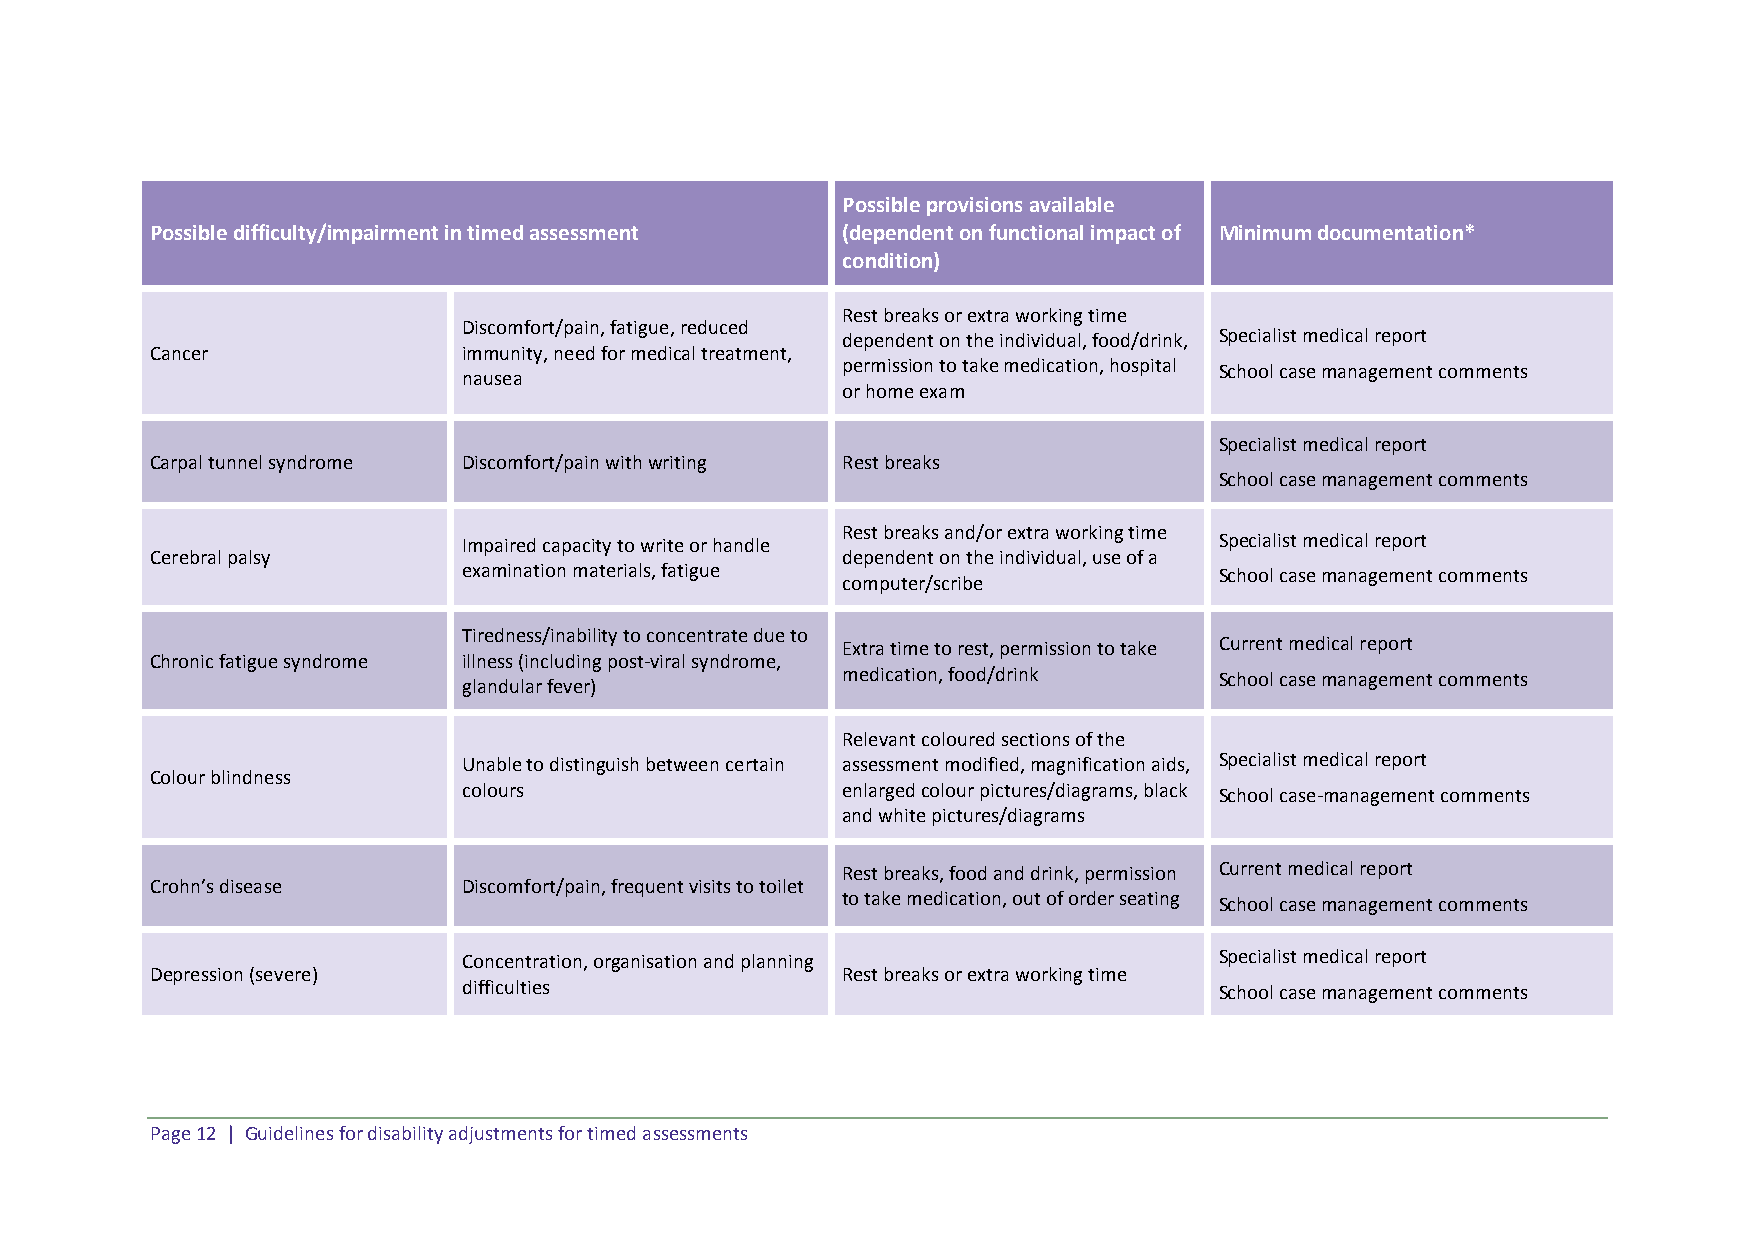
Possible provisions available
 Possible difficulty/impairment in timed assessment (dependent on functional impact of Minimum documentation*
 condition)
 Rest breaks or extra working time
 Discomfort/pain, fatigue, reduced
 dependent on the individual, food/drink, Specialist medical report
 Cancer               immunity, need for medical treatment,
 permission to take medication, hospital School case management comments
 nausea
 or home exam
 Specialist medical report
 Carpal tunnel syndrome Discomfort/pain with writing Rest breaks
 School case management comments
 Rest breaks and/or extra working time
 Impaired capacity to write or handle              Specialist medical report
 Cerebral palsy                                dependent on the individual, use of a
 examination materials, fatigue                    School case management comments
 computer/scribe
 Tiredness/inability to concentrate due to
 Extra time to rest, permission to take Current medical report
 Chronic fatigue syndrome illness (including post-viral syndrome,
 medication, food/drink   School case management comments
 glandular fever)
 Relevant coloured sections of the
 Unable to distinguish between certain assessment modified, magnification aids, Specialist medical report
 Colour blindness
 colours                  enlarged colour pictures/diagrams, black School case-management comments
 and white pictures/diagrams
 Rest breaks, food and drink, permission Current medical report
 Crohn’s disease      Discomfort/pain, frequent visits to toilet
 to take medication, out of order seating School case management comments
 Concentration, organisation and planning          Specialist medical report
 Depression (severe)                           Rest breaks or extra working time
 difficulties                                      School case management comments
 Page 12 | Guidelines for disability adjustments for timed assessments